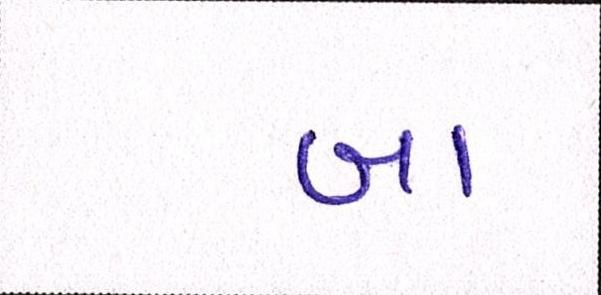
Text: બા